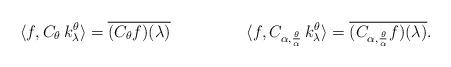
LaTeX: \begin{align*}\langle f, C_\theta\, k_\lambda^\theta\rangle= \overline{(C_\theta f)(\lambda)}\quad\ \ \quad\qquad\langle f, C_{\alpha,\frac{\theta}{\alpha}}\, k_\lambda^\theta\rangle= \overline{(C_{\alpha,\frac{\theta}{\alpha}}f)(\lambda)}.\end{align*}